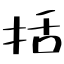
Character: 括